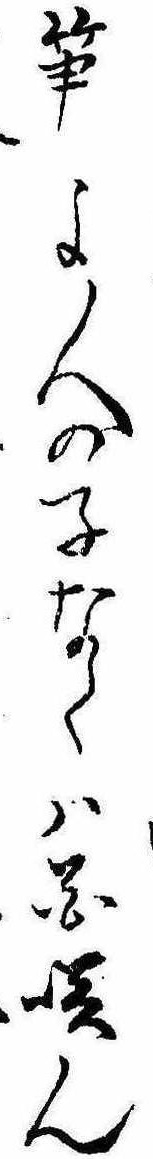
筍よ人の子なくは花咲ん